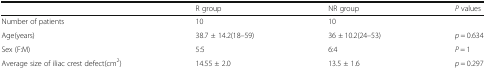
<table><thead><tr><td></td><td><b>R group</b></td><td><b>NR group</b></td><td><b><i>P</i> values</b></td></tr></thead><tbody><tr><td>Number of patients</td><td>10</td><td>10</td><td></td></tr><tr><td>Age(years)</td><td>38.7 ± 14.2(18–59)</td><td>36 ± 10.2(24–53)</td><td><i>p</i> = 0.634</td></tr><tr><td>Sex (F:M)</td><td>5:5</td><td>6:4</td><td><i>P</i> = 1</td></tr><tr><td>Average size of iliac crest defect(cm<sup>2</sup>)</td><td>14.55 ± 2.0</td><td>13.5 ± 1.6</td><td><i>p</i> = 0.297</td></tr></tbody></table>